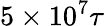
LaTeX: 5\times 10^{7}\tau